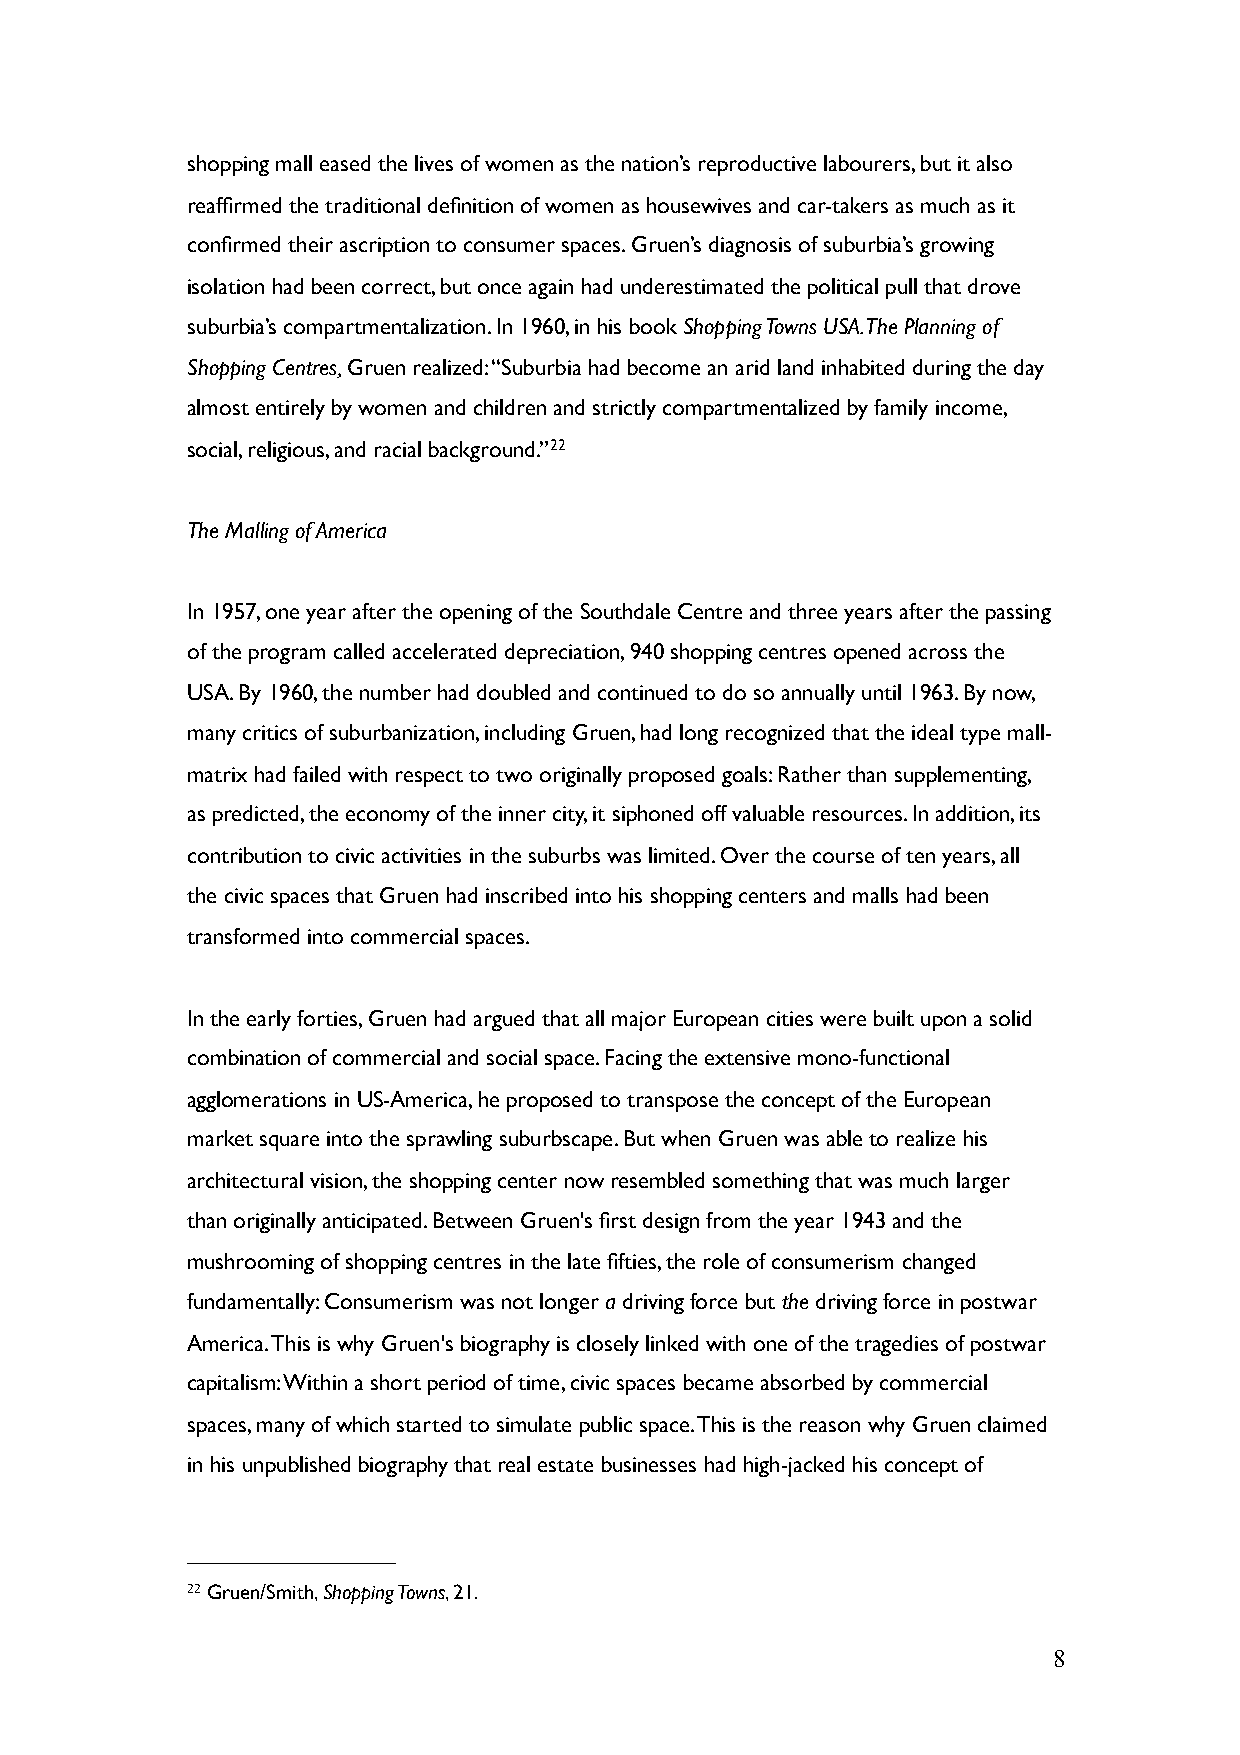
shopping mall eased the lives of women as the nation’s reproductive labourers, but it also
 reaffirmed the traditional definition of women as housewives and car-takers as much as it
 confirmed their ascription to consumer spaces. Gruen’s diagnosis of suburbia’s growing
 isolation had been correct, but once again had underestimated the political pull that drove
 suburbia’s compartmentalization. In 1960, in his book Shopping Towns USA. The Planning of
 Shopping Centres, Gruen realized: “Suburbia had become an arid land inhabited during the day
 almost entirely by women and children and strictly compartmentalized by family income,
 social, religious, and racial background.”22
 The Malling of America
 In 1957, one year after the opening of the Southdale Centre and three years after the passing
 of the program called accelerated depreciation, 940 shopping centres opened across the
 USA. By 1960, the number had doubled and continued to do so annually until 1963. By now,
 many critics of suburbanization, including Gruen, had long recognized that the ideal type mall-
 matrix had failed with respect to two originally proposed goals: Rather than supplementing,
 as predicted, the economy of the inner city, it siphoned off valuable resources. In addition, its
 contribution to civic activities in the suburbs was limited. Over the course of ten years, all
 the civic spaces that Gruen had inscribed into his shopping centers and malls had been
 transformed into commercial spaces.
 In the early forties, Gruen had argued that all major European cities were built upon a solid
 combination of commercial and social space. Facing the extensive mono-functional
 agglomerations in US-America, he proposed to transpose the concept of the European
 market square into the sprawling suburbscape. But when Gruen was able to realize his
 architectural vision, the shopping center now resembled something that was much larger
 than originally anticipated. Between Gruen's first design from the year 1943 and the
 mushrooming of shopping centres in the late fifties, the role of consumerism changed
 fundamentally: Consumerism was not longer a driving force but the driving force in postwar
 America. This is why Gruen's biography is closely linked with one of the tragedies of postwar
 capitalism: Within a short period of time, civic spaces became absorbed by commercial
 spaces, many of which started to simulate public space. This is the reason why Gruen claimed
 in his unpublished biography that real estate businesses had high-jacked his concept of
 22 Gruen/Smith, Shopping Towns, 21.
 8